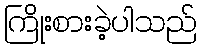
ကြိုးစားခဲ့ပါသည်